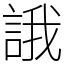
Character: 誐